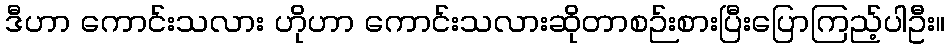
ဒီဟာ ကောင်းသလား ဟိုဟာ ကောင်းသလားဆိုတာစဉ်းစားပြီးပြောကြည့်ပါဦး။